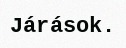
Járások.